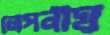
লেপনীয়